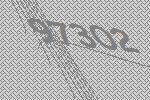
97302